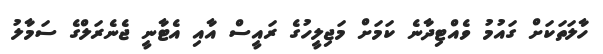
ހާލަތަކަށް ގައުމު ވެއްޓިދާނެ ކަމަށް މަޖިލީހުގެ ރައީސް އާއި އެޓާނީ ޖެނެރަލްގެ ސަމާލު